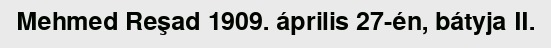
Mehmed Reşad 1909. április 27-én, bátyja II.